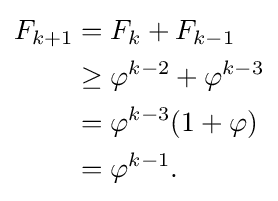
{\begin{aligned}F_{k+1}&=F_{k}+F_{k-1}\\&\geq \varphi ^{k-2}+\varphi ^{k-3}\\&=\varphi ^{k-3}(1+\varphi )\\&=\varphi ^{k-1}.\end{aligned}}